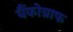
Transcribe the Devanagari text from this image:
बैंकोग्राफ